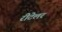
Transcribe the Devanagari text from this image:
रीटेलर